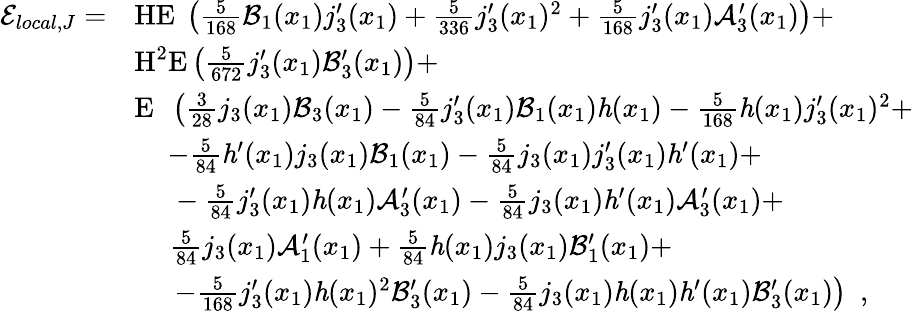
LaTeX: \begin{array}{rl}{\mathcal{E}_{local,J}=}&{\textup{H}\textup{E}\ \left(\frac{5}{168}\mathcal{B}_{1}(x_{1})j_{3}^{\prime}(x_{1})+\frac{5}{336}j_{3}^{\prime}(x_{1})^{2}+\frac{5}{168}j_{3}^{\prime}(x_{1})\mathcal{A}_{3}^{\prime}(x_{1})\right)+}\\ &{\textup{H}^{2}\mathrm{E}\left(\frac{5}{672}j_{3}^{\prime}(x_{1})\mathcal{B}_{3}^{\prime}(x_{1})\right)+}\\ &{\mathrm{E}\ \ \left(\frac{3}{28}j_{3}(x_{1})\mathcal{B}_{3}(x_{1})-\frac{5}{84}j_{3}^{\prime}(x_{1})\mathcal{B}_{1}(x_{1})\mathit{h}(x_{1})-\frac{5}{168}\mathit{h}(x_{1})j_{3}^{\prime}(x_{1})^{2}+\right.}\\ &{\ \ \ \ \left.-\frac{5}{84}\mathit{h}^{\prime}(x_{1})j_{3}(x_{1})\mathcal{B}_{1}(x_{1})-\frac{5}{84}j_{3}(x_{1})j_{3}^{\prime}(x_{1})\mathit{h}^{\prime}(x_{1})\right.+}\\ &{\ \ \ \ \ -\frac{5}{84}j_{3}^{\prime}(x_{1})\mathit{h}(x_{1})\mathcal{A}_{3}^{\prime}(x_{1})-\frac{5}{84}j_{3}(x_{1})\mathit{h}^{\prime}(x_{1})\mathcal{A}_{3}^{\prime}(x_{1})+}\\ &{\ \ \ \ \ \frac{5}{84}j_{3}(x_{1})\mathcal{A}_{1}^{\prime}(x_{1})+\frac{5}{84}\mathit{h}(x_{1})j_{3}(x_{1})\mathcal{B}_{1}^{\prime}(x_{1})+}\\ &{\ \ \ \ \ \left.-\frac{5}{168}j_{3}^{\prime}(x_{1})\mathit{h}(x_{1})^{2}\mathcal{B}_{3}^{\prime}(x_{1})-\frac{5}{84}j_{3}(x_{1})\mathit{h}(x_{1})\mathit{h}^{\prime}(x_{1})\mathcal{B}_{3}^{\prime}(x_{1})\right)\ \ ,}\end{array}